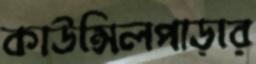
কাউন্সিলপাড়ার